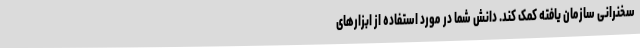
سخنرانی سازمان یافته کمک کند. دانش شما در مورد استفاده از ابزارهای